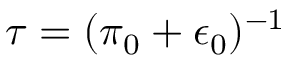
\tau = ( \pi _ { 0 } + \epsilon _ { 0 } ) ^ { - 1 }